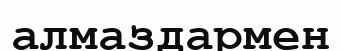
алмаздармен